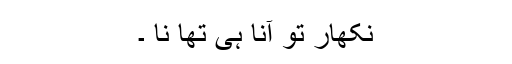
نکھار تو آنا ہی تھا نا ۔